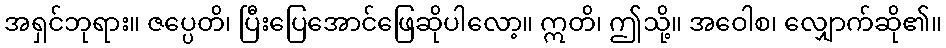
အရှင်ဘုရား။ ဇပ္ပေတိ၊ ပြီးပြေအောင်ဖြေဆိုပါလော့။ ဣတိ၊ ဤသို့။ အဝေါစ၊ လျှောက်ဆို၏။